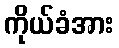
ကိုယ်ခံအား